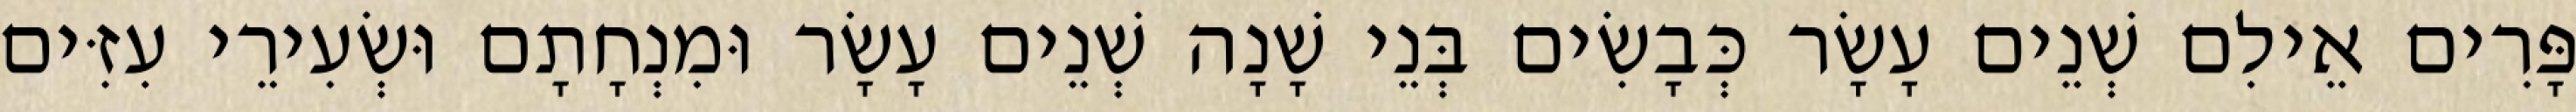
פָּרִים אֵילִם שְׁנֵים עָשָׂר כְּבָשִׂים בְּנֵי שָׁנָה שְׁנֵים עָשָׂר וּמִנְחָתָם וּשְׂעִירֵי עִזִּים